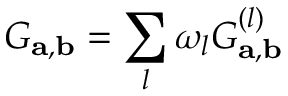
G _ { \mathbf { a } , \mathbf { b } } = \sum _ { l } \omega _ { l } G _ { \mathbf { a } , \mathbf { b } } ^ { ( l ) }